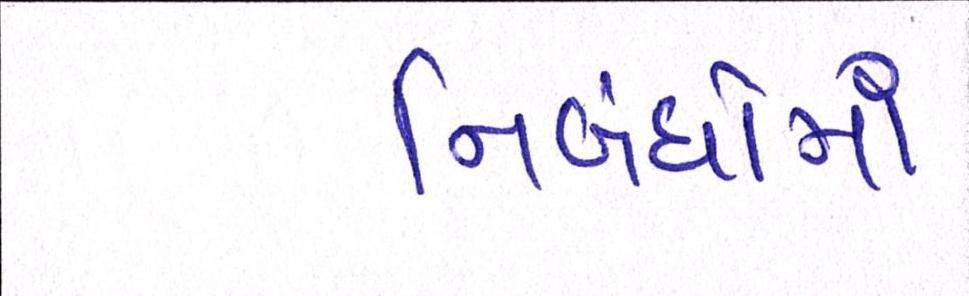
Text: નિબંધોમાં